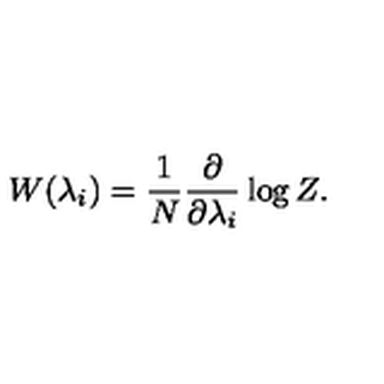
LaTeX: W ( \lambda _ { i } ) = \frac { 1 } { N } \frac { \partial } { \partial \lambda _ { i } } \log Z .